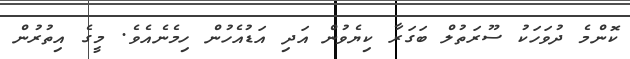
ކޮންމެ ދުވަހަކު ސޫރަތުލް ބަގަރާ ކިޔެވުން އަދި އަޑުއެހުން ހިމެނެއެވެ. މީގެ އިތުރުން